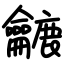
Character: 𪛓